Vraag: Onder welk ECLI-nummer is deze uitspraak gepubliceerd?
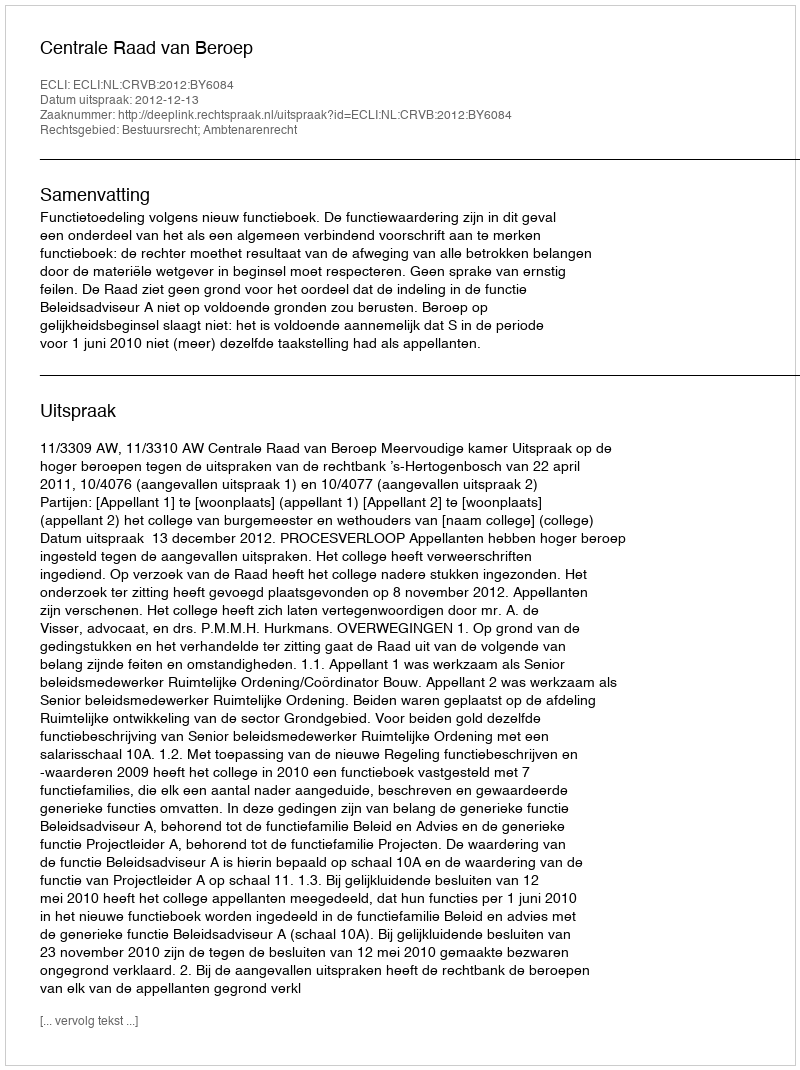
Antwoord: ECLI:NL:CRVB:2012:BY6084